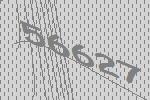
56627